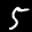
Label: 5